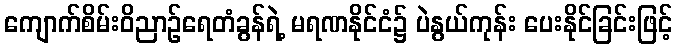
ကျောက်စိမ်းဝိညာဉ်ရေတံခွန်ရဲ့ မရဏနိုင်ငံ၌ ပဲနွယ်ကုန်း ပေးနိုင်ခြင်းဖြင့်